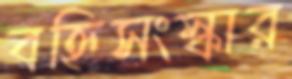
বহ্নিসংস্কার